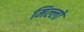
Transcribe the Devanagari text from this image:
मिल्लो